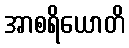
အာစရိယောတိ